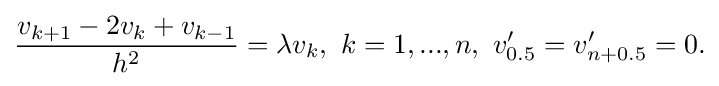
{\frac {v_{k+1}-2v_{k}+v_{k-1}}{h^{2}}}=\lambda v_{k},\ k=1,...,n,\ v'_{0.5}=v'_{n+0.5}=0.\,\!